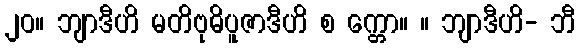
၂၀။ ဘျာဒီဟိ မတိဗုဓိပူဇာဒီဟိ စ က္တော။ ။ ဘျာဒီဟိ- ဘီ